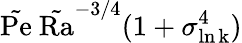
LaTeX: \tilde{\mathrm{Pe}}\ \tilde{\mathrm{Ra}}^{-3/4}(1+\sigma_{\mathrm{\ln k}}^{4})